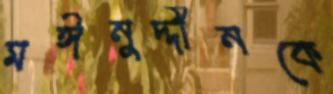
মঈনুদ্দীনকে